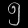
Digit: ၅